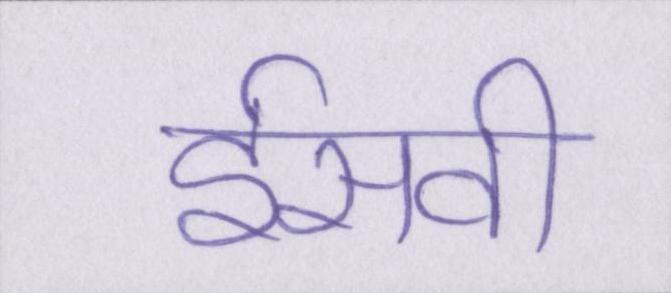
ईसवी